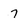
Character: 7